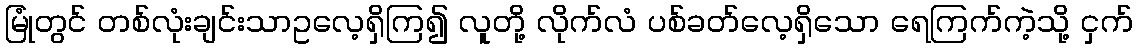
မြုံတွင် တစ်လုံးချင်းသာဥလေ့ရှိကြ၍ လူတို့ လိုက်လံ ပစ်ခတ်လေ့ရှိသော ရေကြက်ကဲ့သို့ ငှက်